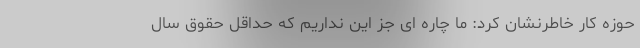
حوزه کار خاطرنشان کرد: ما چاره ای جز این نداریم که حداقل حقوق سال